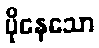
ပိုနေသော